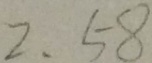
2 \cdot 5 8